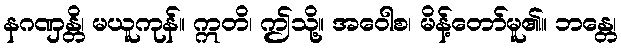
နဂဏှန္တိ၊ မယူကုန်။ ဣတိ၊ ဤသို့။ အဝေါစ၊ မိန့်တော်မူ၏။ ဘန္တေ၊